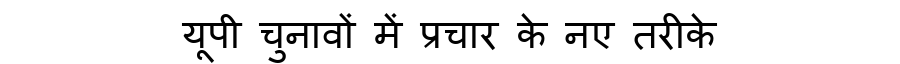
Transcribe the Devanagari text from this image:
यूपी चुनावों में प्रचार के नए तरीके